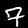
Digit: 7